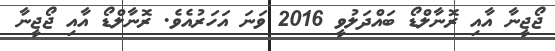
ޖޯޖީނާ އާއި ރޮނާލްޑޯ ބައްދަލުވީ 2016 ވަނަ އަހަރުއެވެ. ރޮނާލްޑޯ އާއި ޖޯޖީނާ